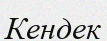
Кендек